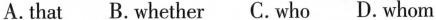
A. that B. Whether C. Who D. Whom